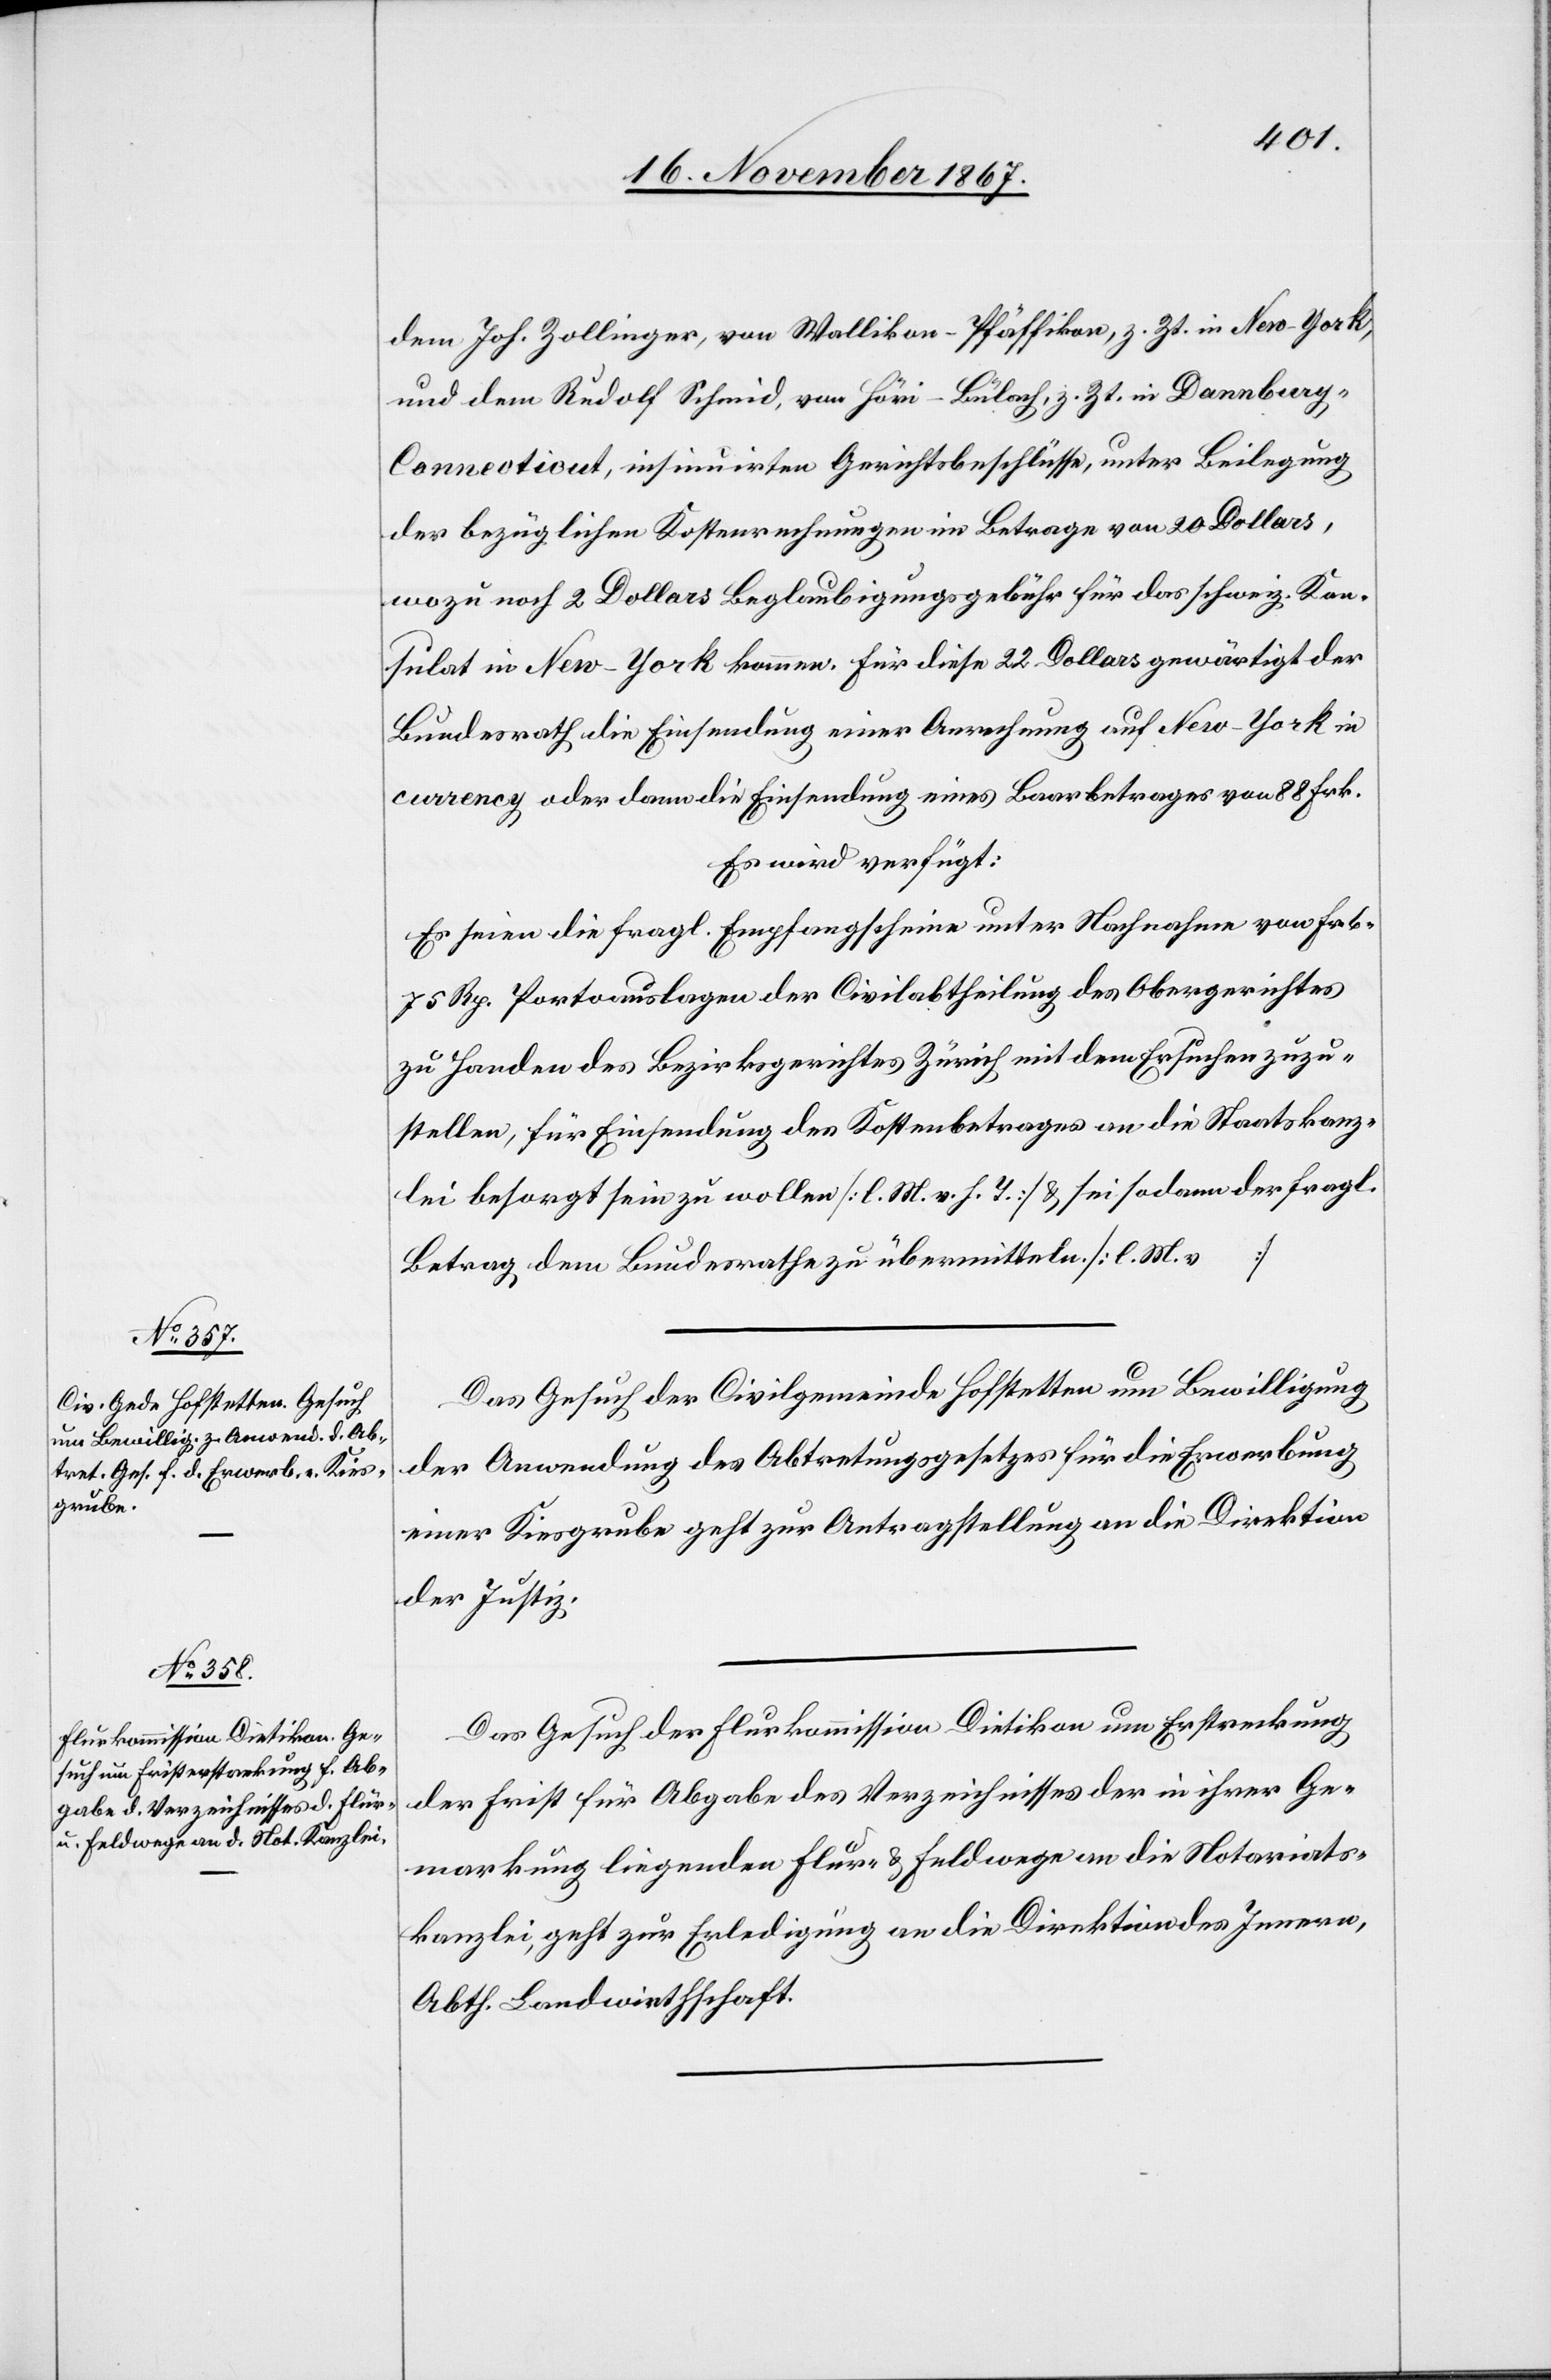
22. November 1867.]
dem Joh. Zollinger, von Wallikon-Pfäffikon, z. Zt. in New-York,
und dem Rudolf Schmid, von Höri-Bülach, z. Zt. in Dannbur¬
y-Connecticut, insinuirten Gerichtsbeschlüsse, unter Beilegung
der bezüglichen Kostenrechnungen im Betrage von 20 Dollars,
wozu noch 2 Dollars Beglaubigungsgebühr für das schweiz. Kon¬
sulat in New-York kommen. Für diese 22 Dollar gewärtigt der
Bundesrath die Einsendung einer Anrechnung auf New-York in
currency oder dann die Einsendung eines Baarbetrages von 88 Frk.
Es wird verfügt:
Es seien die fraglichen Empfangscheine unter Nachnahme von Frk.
Rp. Portoauslagen der Civilabtheilung des Obergerichtes
zu Handen des Bezirksgerichtes Zürich mit dem Ersuchen zuzu¬
stellen, für Einsendung des Kostenbetrages an die Staatskanz¬
lei besorgt sein zu wollen [l. M. v. h. T.] u. sei sodann der fragl.
Betrage dem Bundesrathe zu übermitteln. [l. M. v.
Das Gesuch der Civilgemeinde Hofstetten um Bewilligung
der Anwendung des Abtretungsgesetzes für die Erwerbung
einer Kiesgrube geht zur Antragstellung an die Direktion
der Justiz.
Das Gesuch der Flurkommission Dietikon um Erstreckung
der Frist für Abgabe des Verzeichnisses der in ihrer Ge¬
markung liegenden Flur- u. Feldwege an die Notariats¬
kanzlei, geht zur Erledigung an die Direktion des Innern,
Abth. Landwirthschaft.